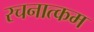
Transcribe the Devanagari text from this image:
रचनात्‍कम